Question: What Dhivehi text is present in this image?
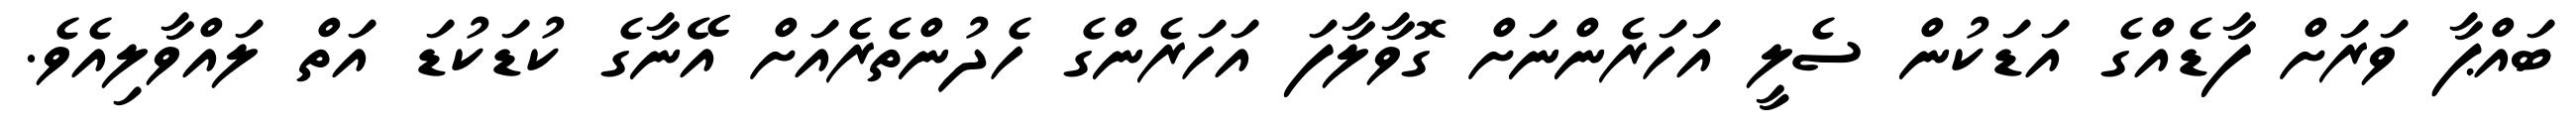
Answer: ބައްޕާ ވަރަށް ފާޑެއްގެ އަޑަކުން ސެލީ އަހަރެންނަށް ގޮވާލާފަ އަހަރެންގެ ހެދުންތެރެއަށް އޭނާގެ ކުޑަކުޑަ އަތް ލައްވާލިއެވެ.